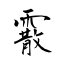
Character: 霰